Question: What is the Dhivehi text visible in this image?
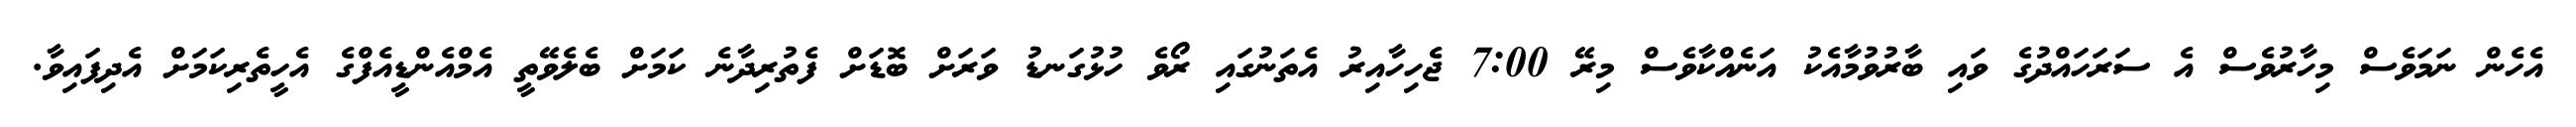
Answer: އެހެން ނަމަވެސް މިހާރުވެސް އެ ސަރަހައްދުގެ ވައި ބާރުވުމާއެކު އަނެއްކާވެސް މިރޭ 7:00 ޖެހިހާއިރު އެތަނުގައި ރޯވެ ހުޅުގަނޑު ވަރަށް ބޮޑަށް ފެތުރިދާނެ ކަމަށް ބެލެވޭތީ އެމްއެންޑީއެފްގެ އެހީތެރިކަމަށް އެދިފައިވާ.